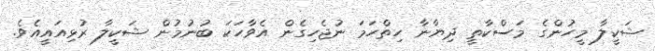
ޝަކީލާ މީހުންގެ މަސްކާތީ ދިޔާނާ ހިތްހަމަ ނުޖެހިގެން އެވާހަކަ ބުނުމުން ޝަކީލާ ރުޅިއައީއެވެ.